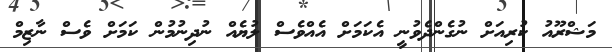
މަޝްރޫއު ކުރިއަށް ނުގެންދެވުނީ އެކަމަށް އެއްވެސް ލުޔެއް ނުދިނުމުން ކަމަށް ވެސް ނާޒިމް